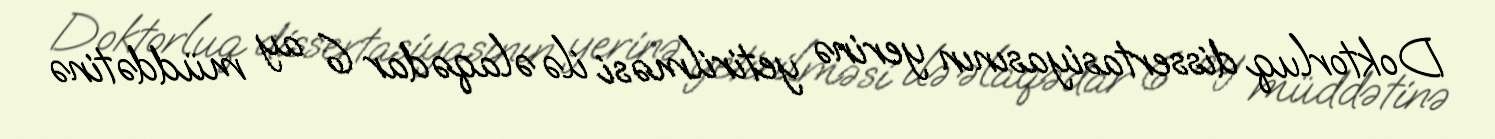
Doktorluq dissertasiyasının yerinə yetirilməsi ilə əlaqədar 6 ay müddətinə